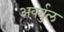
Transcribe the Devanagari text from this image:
अर्क्युल